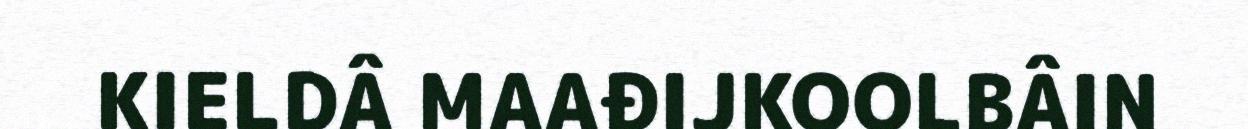
KIELDÂ MAAĐIJKOOLBÂIN